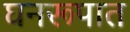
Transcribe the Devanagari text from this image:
घनरूपात